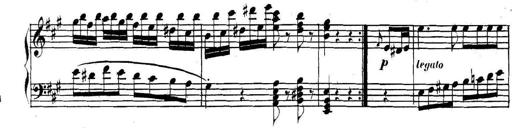
Title: Collected Piano Sonatas
Composer: Muzio Clementi